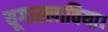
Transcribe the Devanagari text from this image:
यूगास्लाविया।